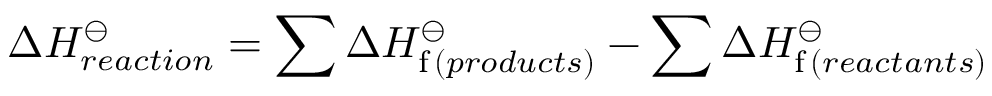
\Delta H _ { r e a c t i o n } ^ { \ominus } = \sum \Delta H _ { \mathrm { f } \, ( p r o d u c t s ) } ^ { \ominus } - \sum \Delta H _ { \mathrm { f } \, ( r e a c t a n t s ) } ^ { \ominus }